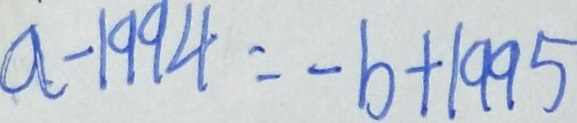
a - 1 9 9 4 = - b + 1 9 9 5